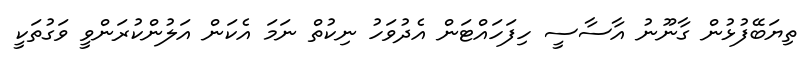
ތިޔަބޭފުޅުން ގާނޫނު އާސާސީ ހިފަހައްޓަން އެދުވަހު ނިކުތް ނަމަ އެކަން އަލުންކުރަންވީ ވަގުތަކީ